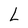
Character: L